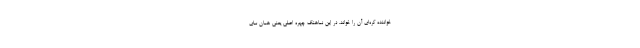
خواننده کره‌ای آن را خواند. در این نماهنگ چهره اصلی یعنی همان سای